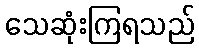
သေဆုံးကြရသည်